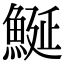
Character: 鯅